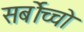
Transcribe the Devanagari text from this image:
सर्बोच्चो